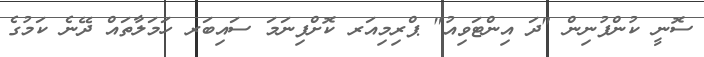
ސޮނީ ކުންފުނިން "ދަ އިންޓަވިއު" ޕްރިމިއަރ ކޮށްފިނަމަ ސައިބަރ ހަމަލާތައް ދޭނެ ކަމުގެ